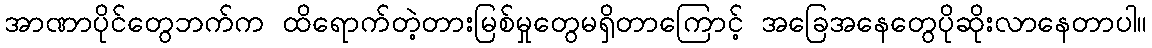
အာဏာပိုင်တွေဘက်က ထိရောက်တဲ့တားမြစ်မှုတွေမရှိတာကြောင့် အခြေအနေတွေပိုဆိုးလာနေတာပါ။